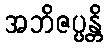
အဘိဇပ္ပန္တိ